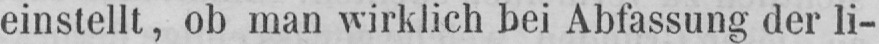
einstellt, ob man wirklich bei Abfassung der li-